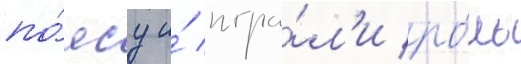
по́ясу и́ игра́л'и ро́ль